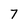
Character: 7